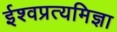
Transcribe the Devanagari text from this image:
ईश्वप्रत्यमिज्ञा